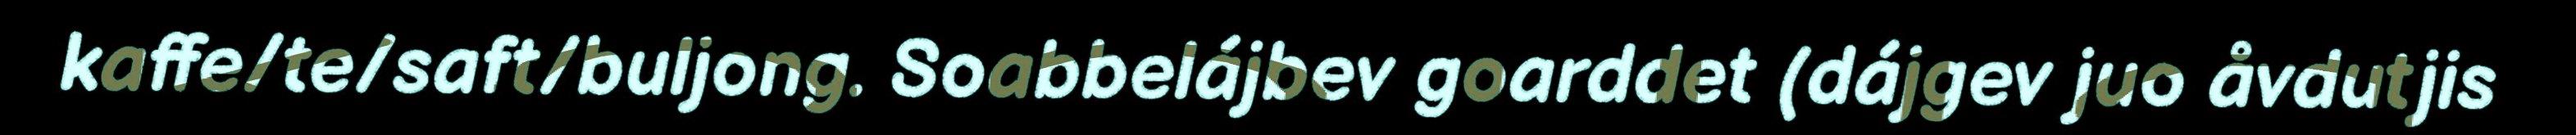
kaffe/te/saft/buljong. Soabbelájbev goarddet (dájgev juo åvdutjis